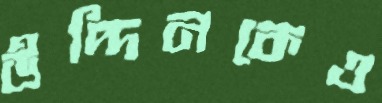
উদ্দিনকেও